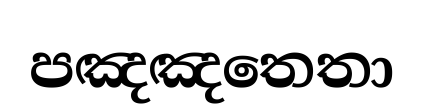
පඤඤතෙතා